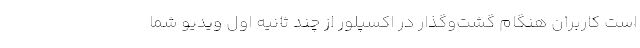
است کاربران هنگام گشت‌وگذار در اکسپلور از چند ثانیه اول ویدیو شما